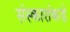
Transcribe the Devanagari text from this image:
संस्कारांकडे